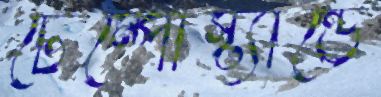
টেম্পোস্ট্যান্ডে